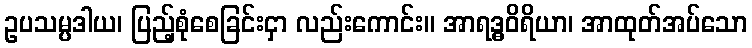
ဥပသမ္ပဒါယ၊ ပြည့်စုံစေခြင်းငှာ လည်းကောင်း။ အာရဒ္ဓဝိရိယာ၊ အာထုတ်အပ်သော